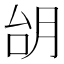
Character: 𪱜